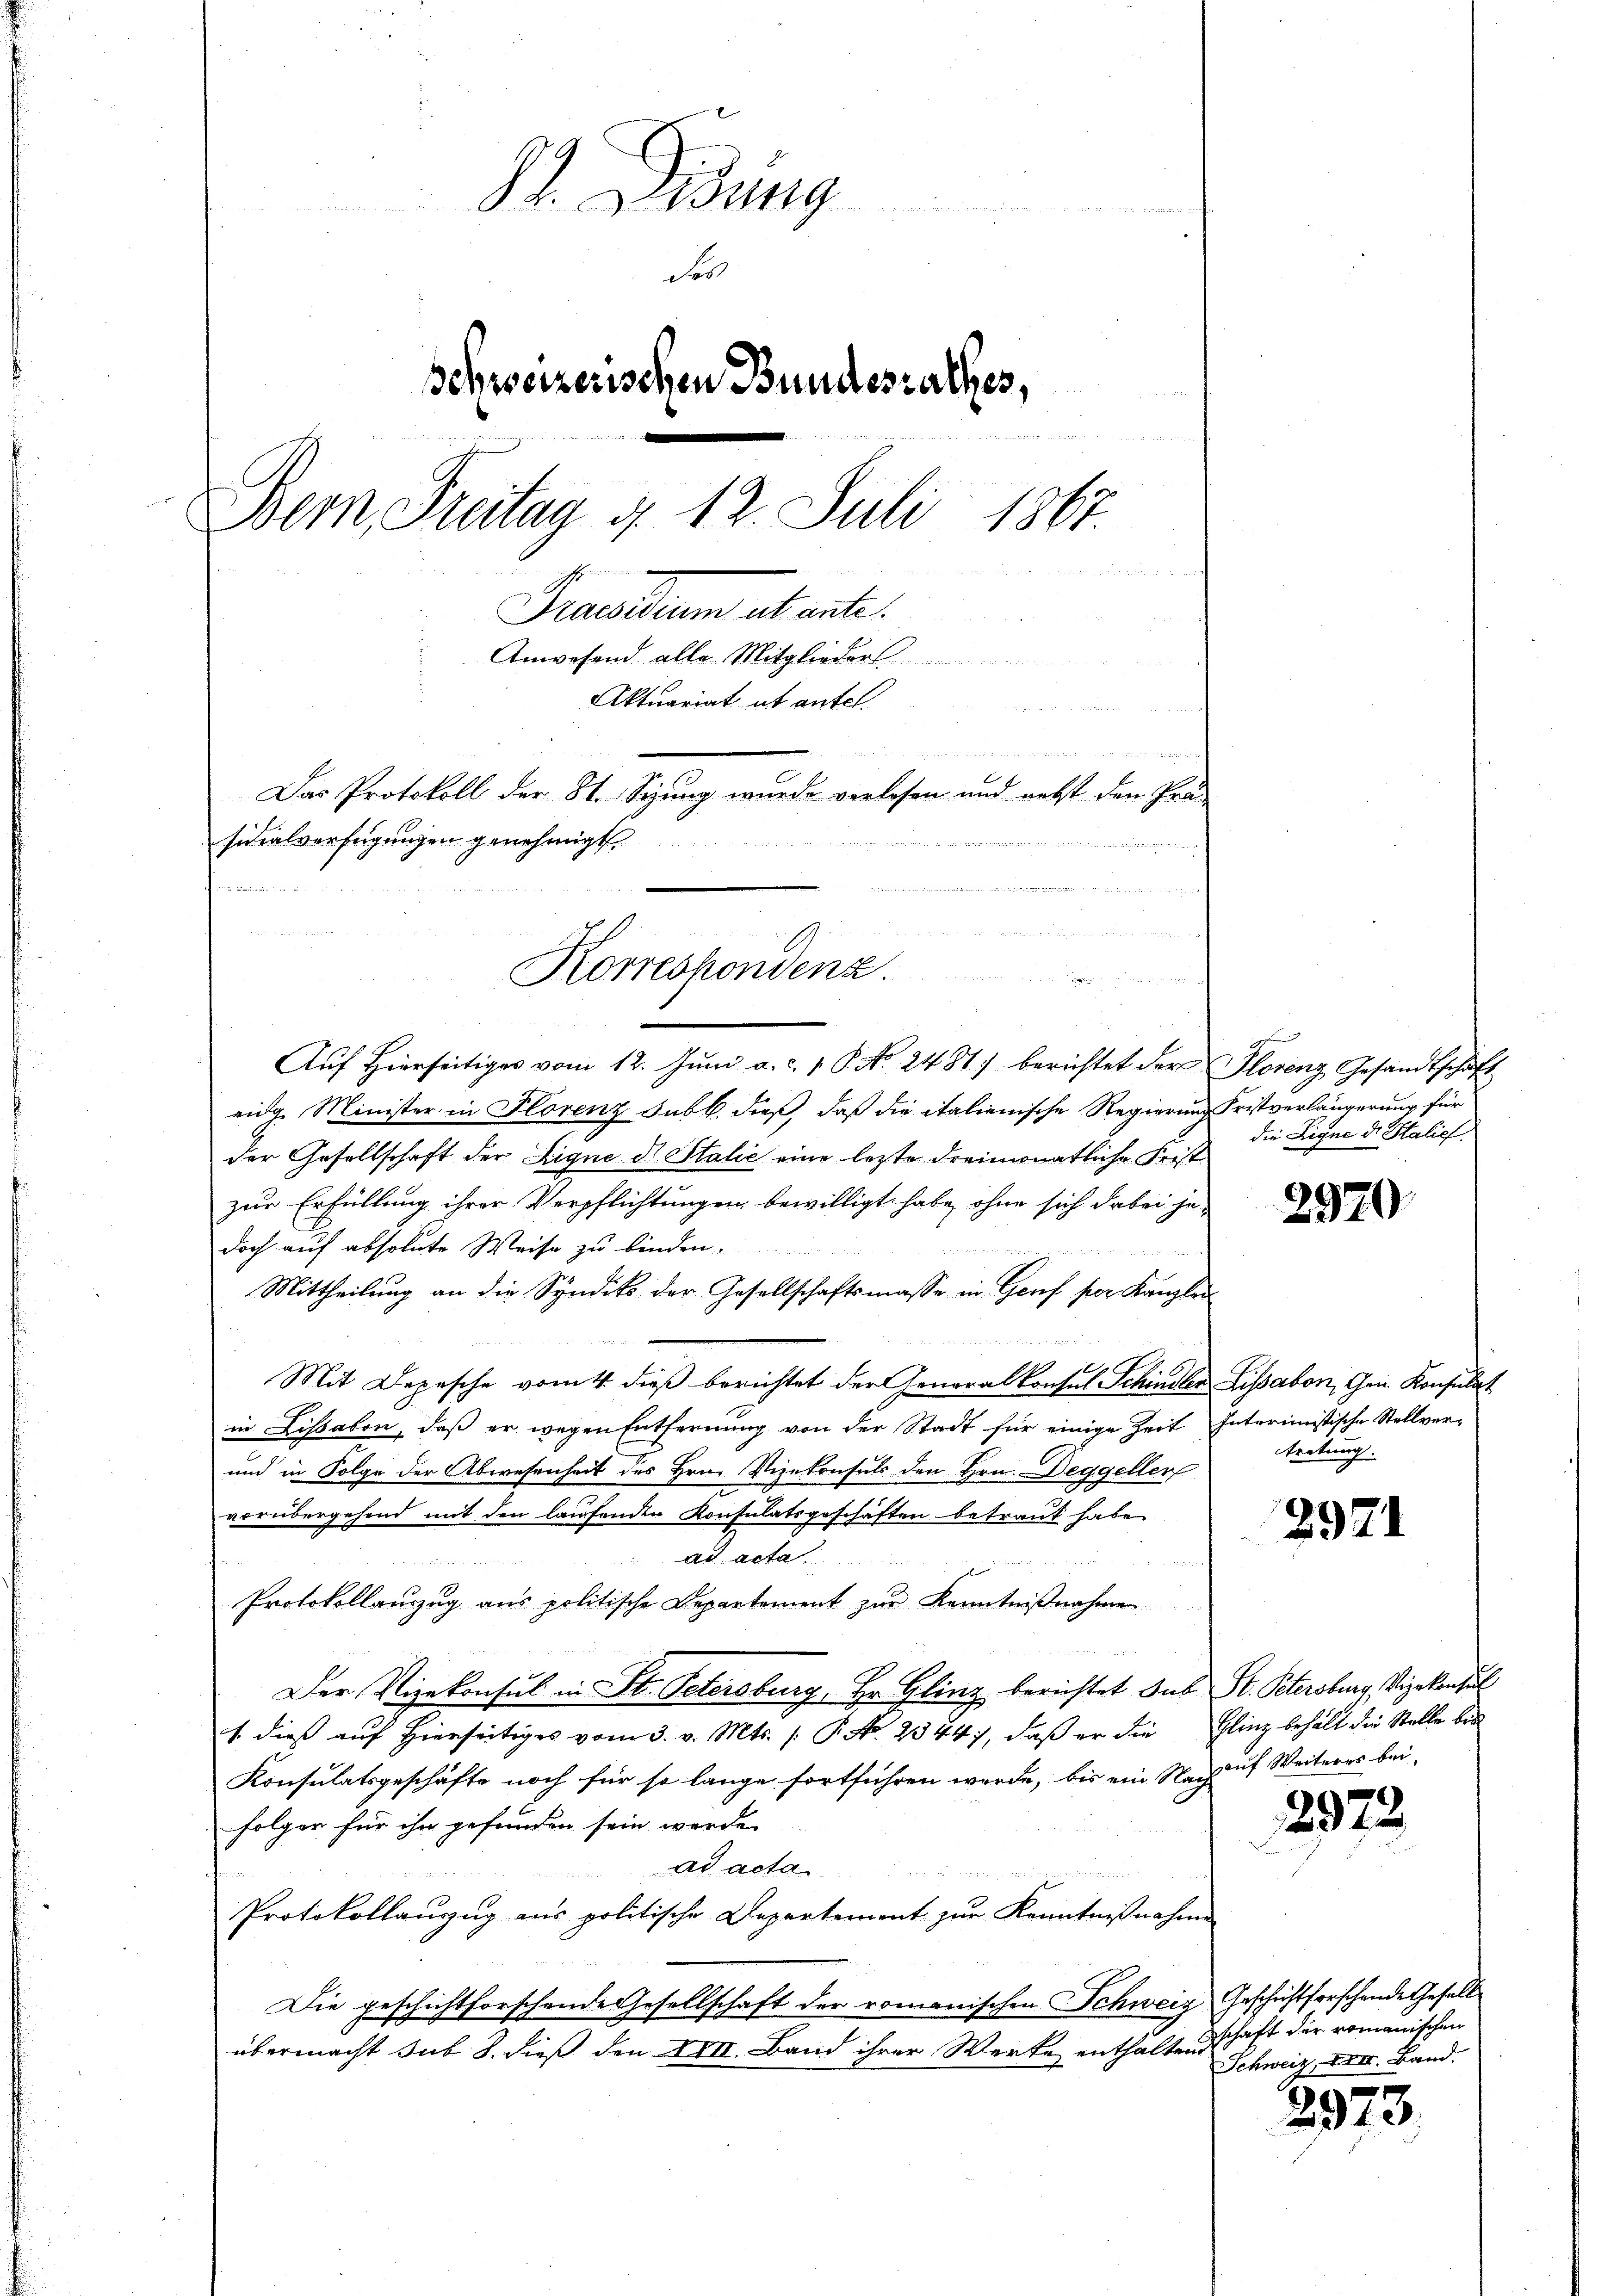
Dr. Lesung

Ses
schweizerischen Bundesrathes,
.
Bern, Freitag d. 12. Juli 1867
ists mein eine
d
Praesidium ut ante
Anwesend alle Mitglieder
Aktuariat ab antel

Das Protokoll der 8t. Siung wurde verlesen und nebst den Prä-
sicalverfügungen genehmigt
ge   a

e

Aŭf Hierseitiges vom 12. Jŭni a. c. 1 P. N. 2481. berichtet der Florenz Gesandtschäft
eidg. Minister in Florenz sub b. dieß, daß die italienische Regierung Fristverlängerung für
der Gesellschaft der Signe d. Stalie eine letzte dreimonatliche Frist
zur Erfüllung ihrer Verpflichtungen bewilligt habe, ohne sich dabei jedoch auf absolute Weise zu binden.

Mittheilung an die Syndik der Gesellschaftsmasse in Genf per Kanzlei
Mit Depesche vom 4. dieß berichtet der Generalkonsul Schindler Lissabon, Gr. Konsulat
in Lissabon, daß er wegen Entfernung von der Stadt für einige Zeit Interimistische Stellver-
und in Folge der Abwesenheit des Hrn. Vizekonsuls den Hrn. Deggeller
vorübergehend mit den laufenden Konsulatsgeschäften betraut habe
ad acta.
Protokollanzug aus politische Departement zur Kenntnißnahmen
Der Vizekonsul in St. Petersburg, Hr. Glinz berichtet sub St. Petersburg, Vizekonsul
1. dieß auf hierseitiges vom 3. v. Mts. /: P. Nr. 2344), daβ er die Glinz behält die Stelle be
Konsulatsgeschäfte noch für so lange fortführen werde, bis ein Nach auf Weiteres beifolger für ihn gefunden sein werde.
ad acta

Protokollanzug aus politische Departement zur Kenntnißnahme
Die geschichtforschende Gesellschaft der romanischen Schweig Geschichtforschende Gefall
übermacht sub 8. dieß den III. Band ihrer Werke enthaltend

immer wegen weil an einen wie ein alle den
Korrespondenz.
n

s
die Ligne de Stalief

2970

tretung.

2971

2972.

schaft der romanischen
Schweiz, XIII. Band.

2373.